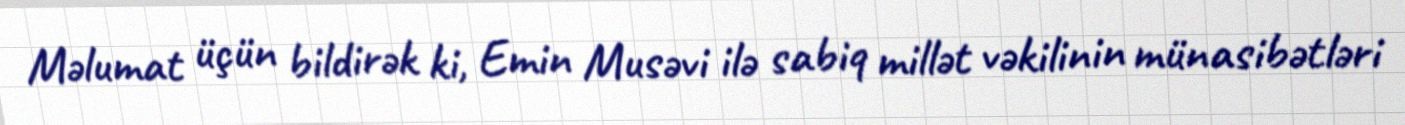
Məlumat üçün bildirək ki, Emin Musəvi ilə sabiq millət vəkilinin münasibətləri